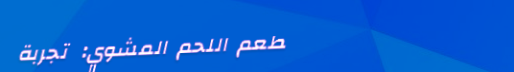
مطعم اللحم المشوي: تجربة